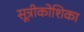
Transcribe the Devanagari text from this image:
सूत्रीकोशिका